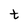
Character: t